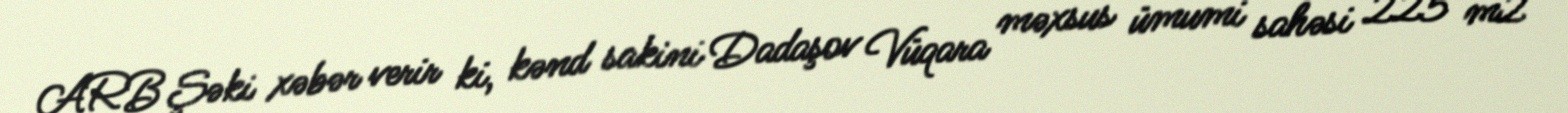
ARB Şəki xəbər verir ki, kənd sakini Dadaşov Vüqara məxsus ümumi sahəsi 225 m2